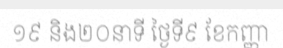
១៩ និង២០នាទី ថ្ងៃទី៩ ខែកញ្ញា